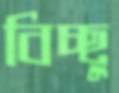
বিচ্ছু